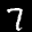
Label: 7